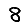
Digit: 8